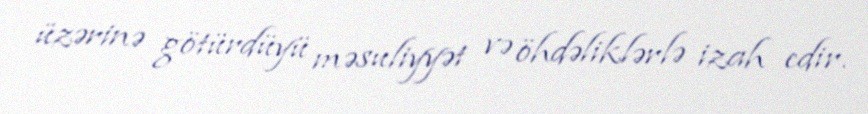
üzərinə götürdüyü məsuliyyət və öhdəliklərlə izah edir.